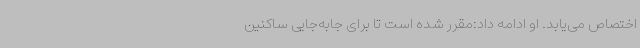
اختصاص می‌یابد. او ادامه داد:مقرر شده است تا برای جابه‌جایی ساکنین